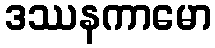
ဒဿနကာမော